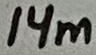
Text: 14m